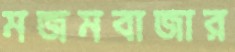
মজমবাজার